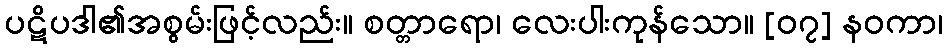
ပဋိပဒါ၏အစွမ်းဖြင့်လည်း။ စတ္တာရော၊ လေးပါးကုန်သော။ [၀၇] နဝကာ၊